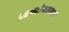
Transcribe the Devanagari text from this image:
अरक्कोणममार्गे